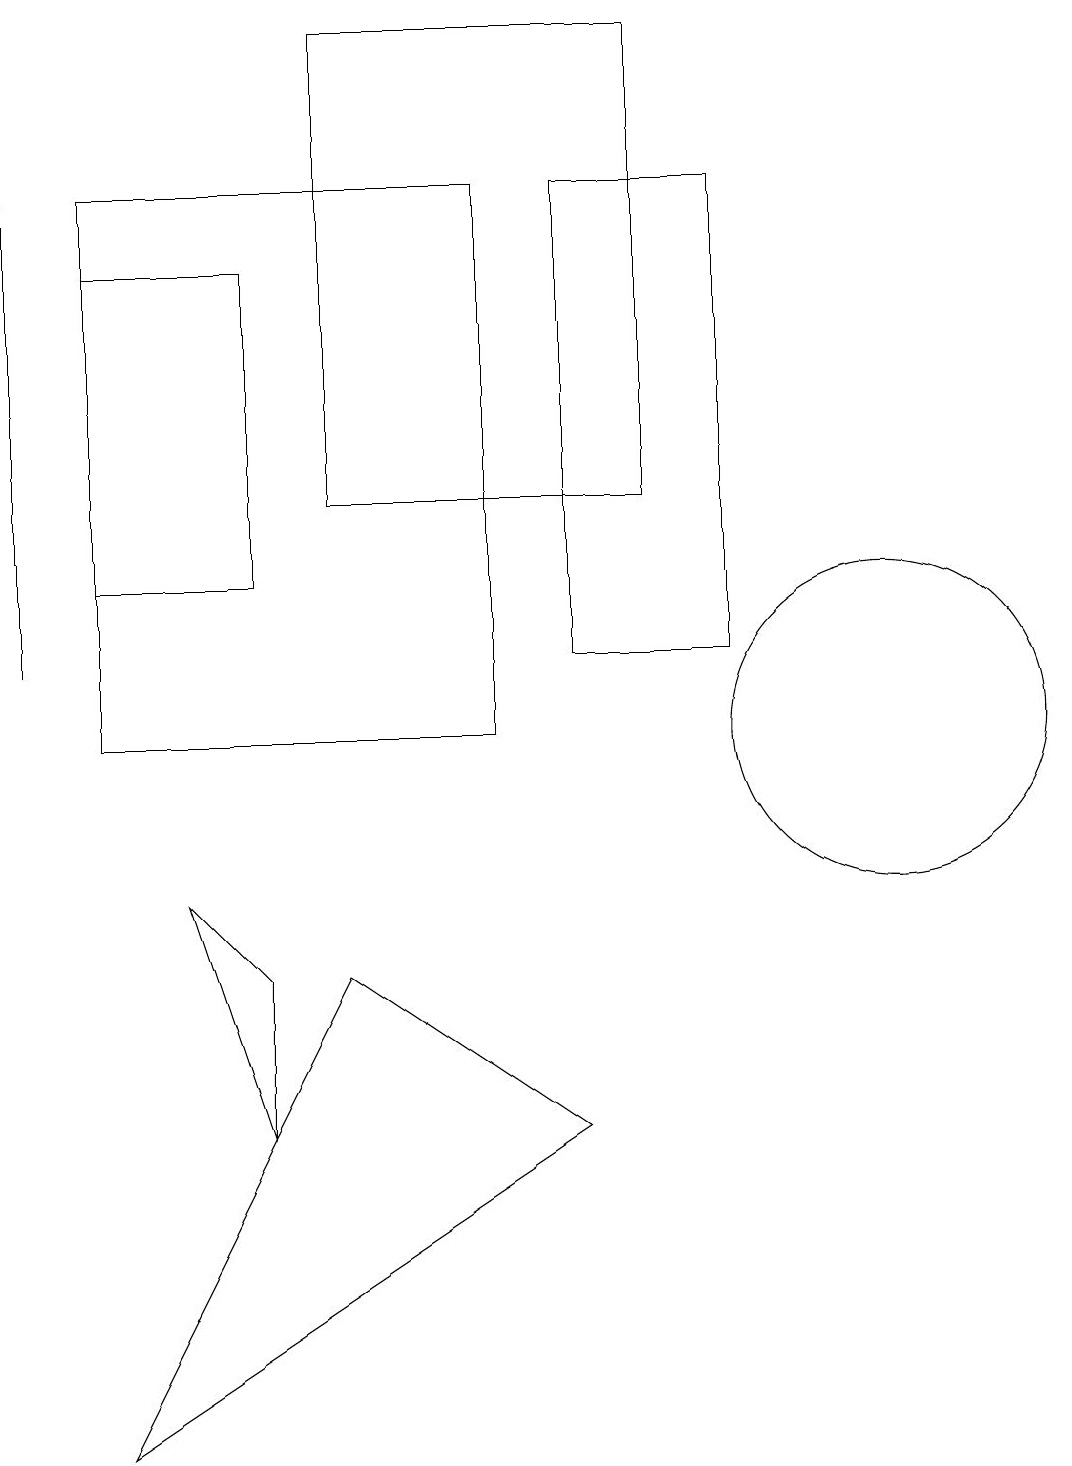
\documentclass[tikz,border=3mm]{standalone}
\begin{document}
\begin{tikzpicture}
\draw (0,11) rectangle (0,17);
\draw (9,11) rectangle (7,17);
\draw (7,5) -- (4,7) -- (1,1) -- cycle;
\draw (11,10) circle (2);
\draw (8,13) rectangle (4,19);
\draw (1,17) rectangle (6,10);
\draw (3,7) -- (3,5) -- (2,8) -- cycle;
\draw (1,12) rectangle (3,16);
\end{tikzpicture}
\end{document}